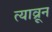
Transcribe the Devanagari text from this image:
त्याव्रून